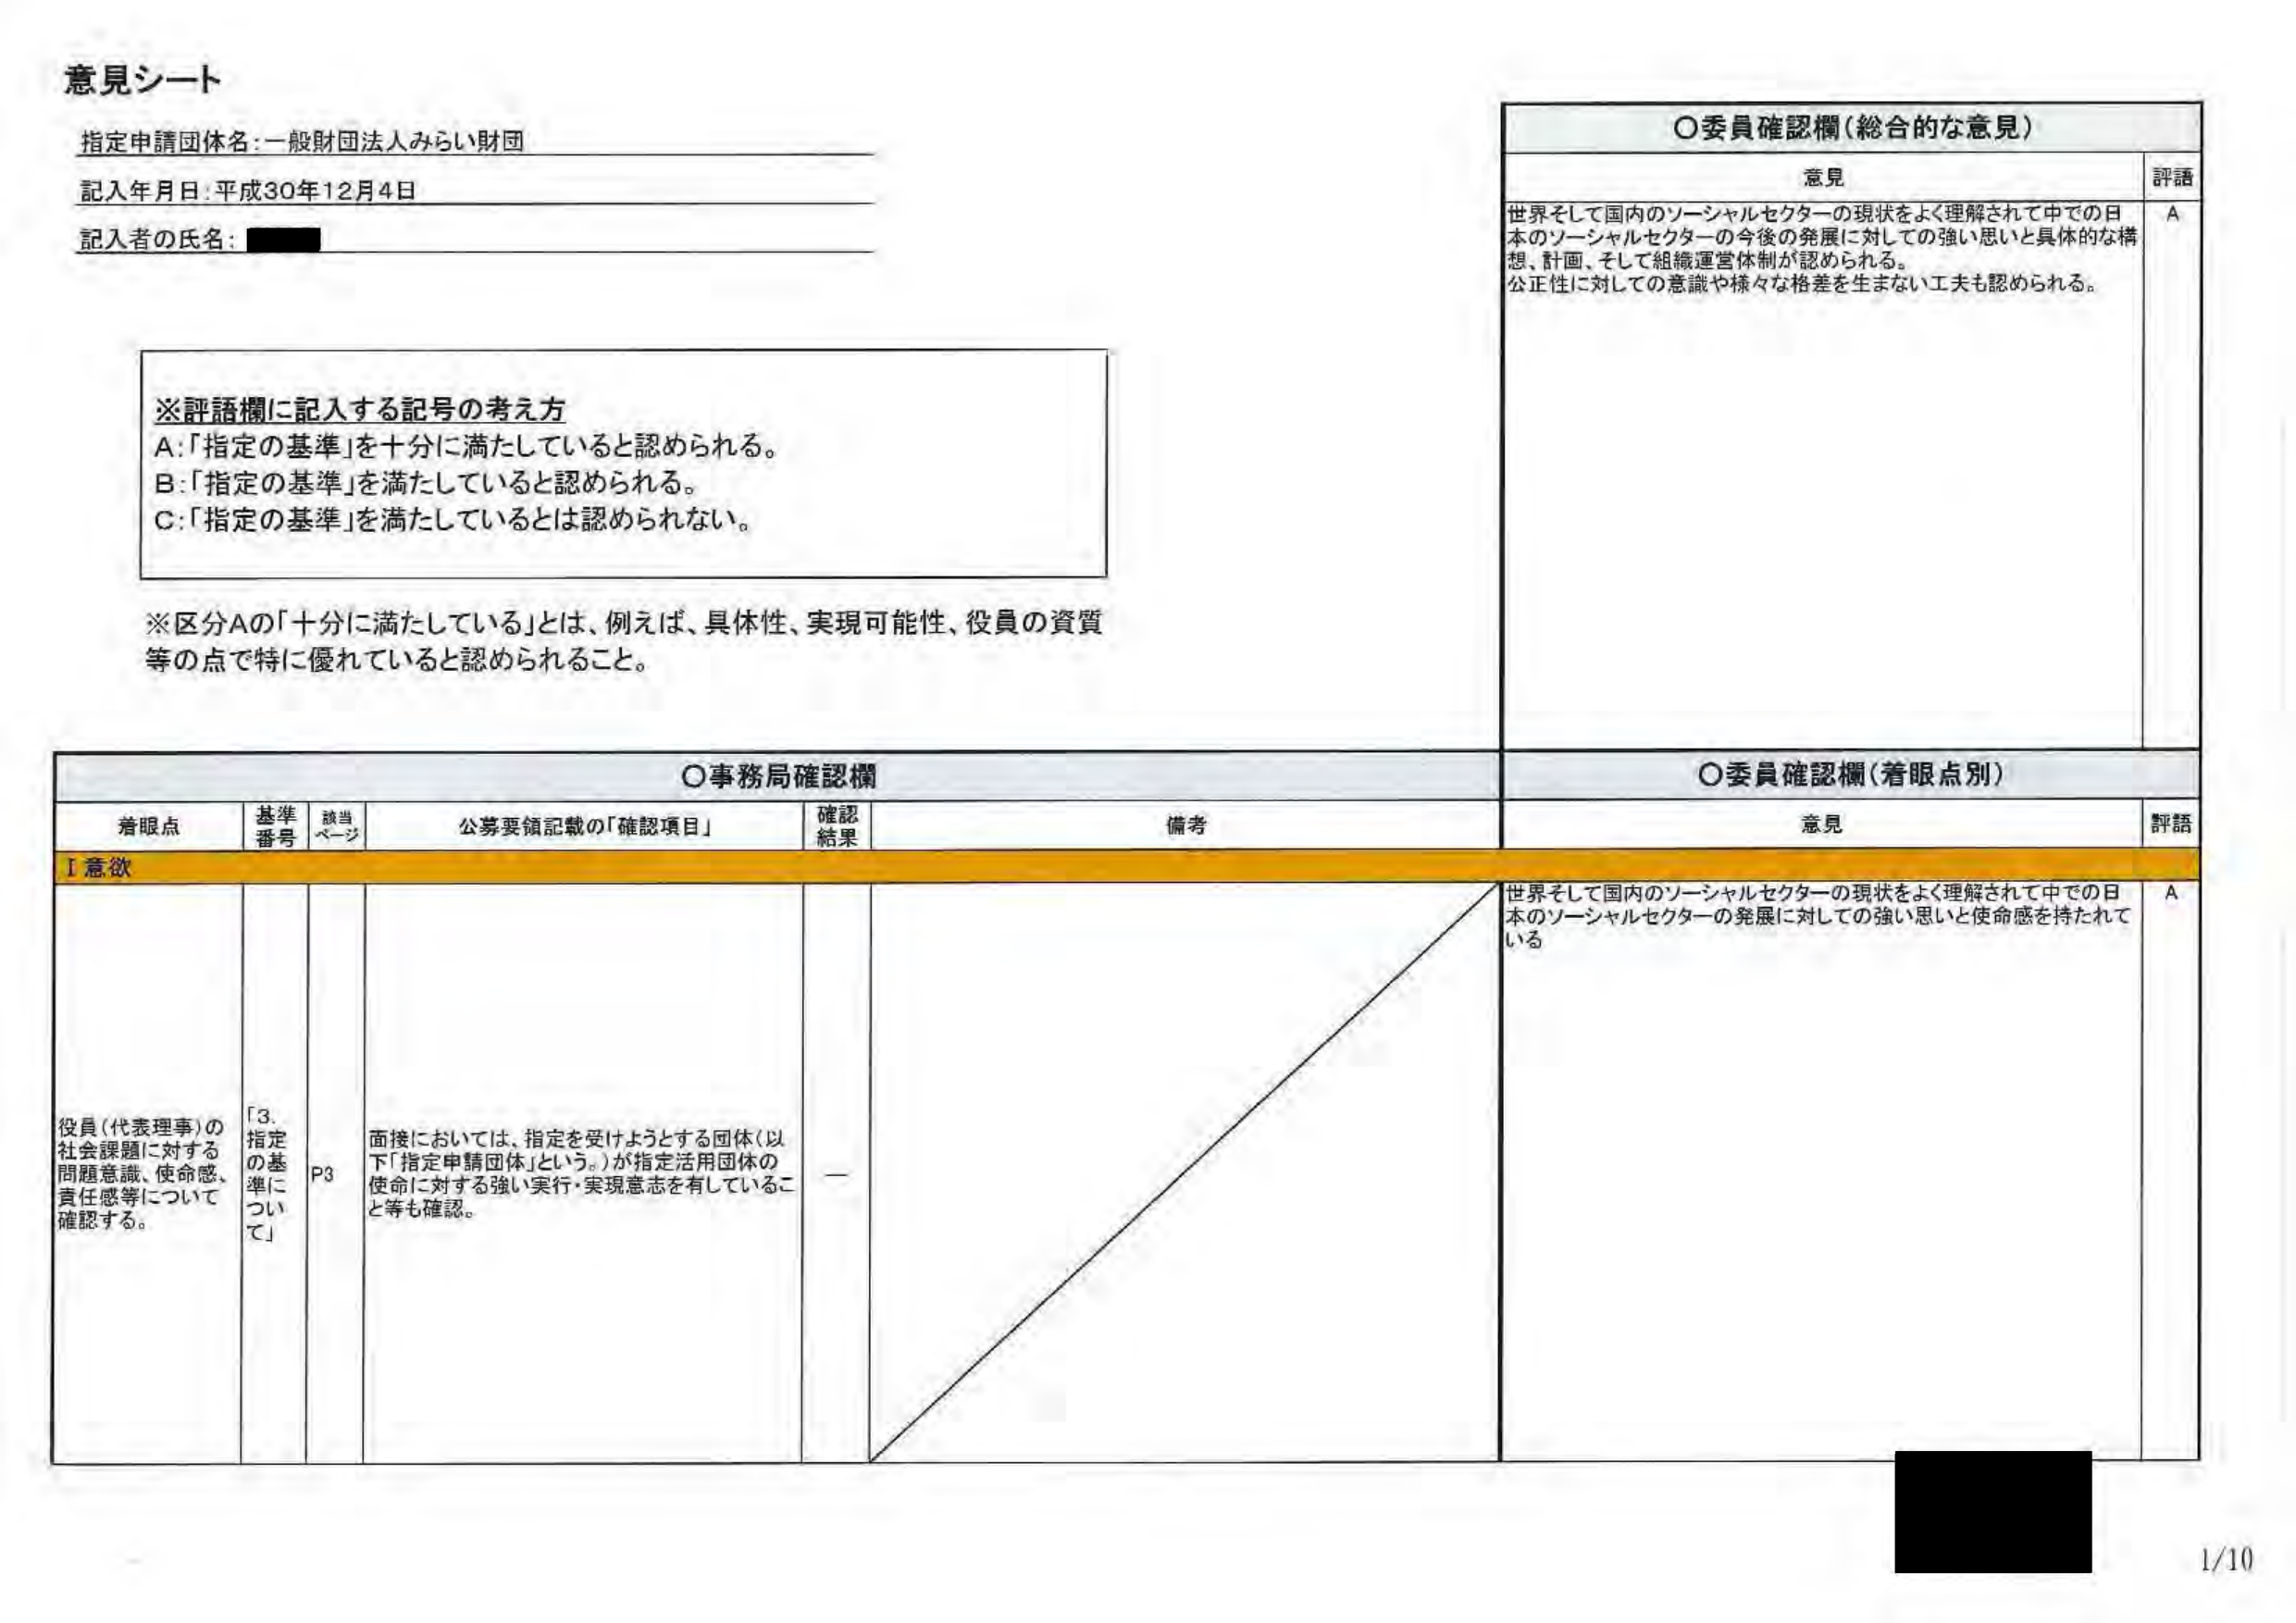
意見シート

指定申請団体名：一般財団法人みらい財団
記入年月日：平成30年12月4日
記入者の氏名：■■■■

※評語欄に記入する記号の考え方
A：「指定の基準」を十分に満たしていると認められる。
B：「指定の基準」を満たしていると認められる。
C：「指定の基準」を満たしているとは認められない。

※区分Aの「十分に満たしている」とは、例えば、具体性、実現可能性、役員の資質等の点で特に優れていると認められること。

○委員確認欄（総合的な意見）
意見
世界そして国内のソーシャルセクターの現状をよく理解されて中での日本のソーシャルセクターの今後の発展に対しての強い思いと具体的な構想、計画、そして組織運営体制が認められる。
公正性に対しての意識や様々な格差を生まない工夫も認められる。
評語
A

○事務局確認欄
○委員確認欄（着眼点別）

着眼点 基準番号 該当ページ 公募要領記載の「確認項目」 確認結果 備考 意見 評語

Ⅰ意欲
役員（代表理事）の社会課題に対する問題意識、使命感、責任感等について確認する。
「3. 指定の基準について」 P3 面接においては、指定を受けようとする団体（以下「指定申請団体」という。）が指定活用団体の使命に対する強い実行・実現意志を有していること等も確認。
—
世界そして国内のソーシャルセクターの現状をよく理解されて中での日本のソーシャルセクターの発展に対しての強い思いと使命感を持たれている
A

1/10